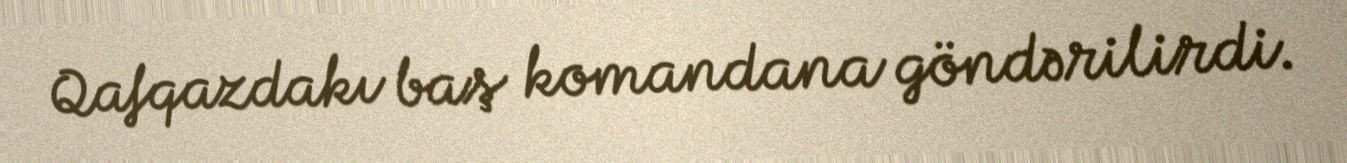
Qafqazdakı baş komandana göndərilirdi.